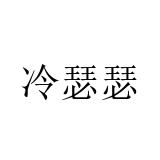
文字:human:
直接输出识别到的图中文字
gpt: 冷瑟瑟